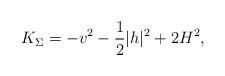
LaTeX: \begin{align*}K_{\Sigma}=-v^2-\dfrac{1}{2}|h|^2+2H^2,\end{align*}